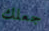
جعلك